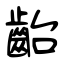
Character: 齝